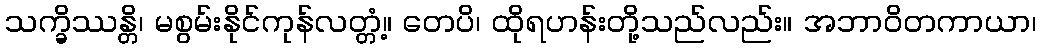
သက္ခိဿန္တိ၊ မစွမ်းနိုင်ကုန်လတ္တံ့။ တေပိ၊ ထိုရဟန်းတို့သည်လည်း။ အဘာဝိတကာယာ၊